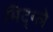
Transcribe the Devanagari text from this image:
मिद्ग्ले